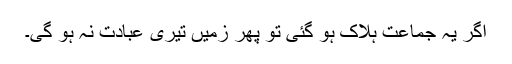
اگر یہ جماعت ہلاک ہو گئی تو پھر زمیں تیری عبادت نہ ہو گی۔